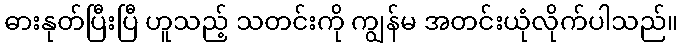
ဓားနုတ်ပြီးပြီ ဟူသည့် သတင်းကို ကျွန်မ အတင်းယုံလိုက်ပါသည်။